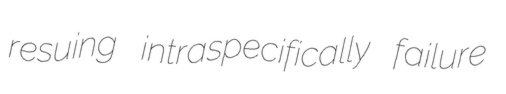
resuing intraspecifically failure